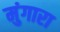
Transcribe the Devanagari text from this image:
मुंगारा